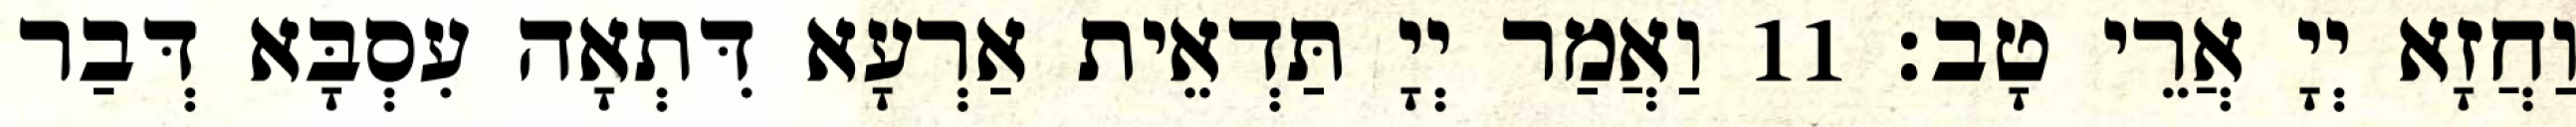
וַחֲזָא יְיָ אֲרֵי טָב׃ 11 וַאֲמַר יְיָ תַּדְאֵית אַרְעָא דִּתְאָה עִסְבָּא דְּבַר